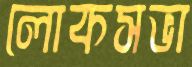
লোকসভা